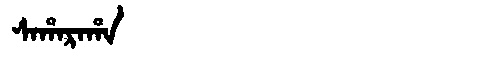
Manchu: ᠰᠠᡥᠠᡵᠠᡥᠠ
Romanization: SAHARAHA